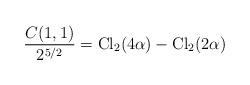
LaTeX: \begin{align*}{C(1,1)\over2^{5/2}}={\rm Cl}_2(4\alpha)-{\rm Cl}_2(2\alpha)\end{align*}